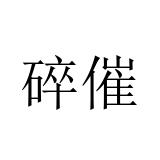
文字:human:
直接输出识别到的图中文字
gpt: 碎催